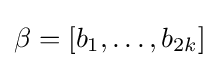
\beta =[b_{1},\dots ,b_{2k}]